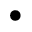
\bullet